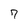
Character: 7